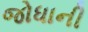
જોધાની